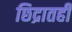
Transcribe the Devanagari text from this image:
छिद्रातही